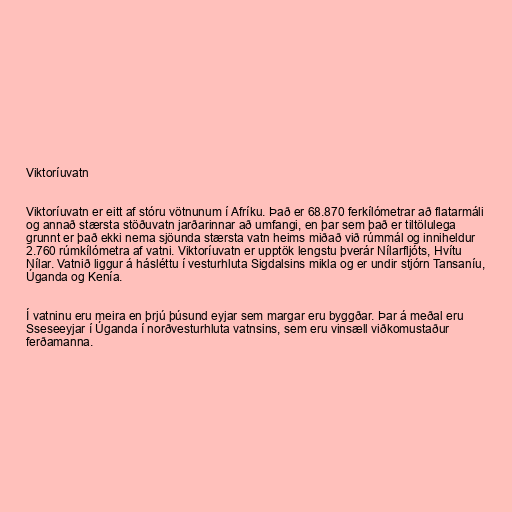
Viktoríuvatn

Viktoríuvatn er eitt af stóru vötnunum í Afríku. Það er 68.870 ferkílómetrar að flatarmáli
og annað stærsta stöðuvatn jarðarinnar að umfangi, en þar sem það er tiltölulega
grunnt er það ekki nema sjöunda stærsta vatn heims miðað við rúmmál og inniheldur
2.760 rúmkílómetra af vatni. Viktoríuvatn er upptök lengstu þverár Nílarfljóts, Hvítu
Nílar. Vatnið liggur á hásléttu í vesturhluta Sigdalsins mikla og er undir stjórn Tansaníu,
Úganda og Kenía.

Í vatninu eru meira en þrjú þúsund eyjar sem margar eru byggðar. Þar á meðal eru
Sseseeyjar í Úganda í norðvesturhluta vatnsins, sem eru vinsæll viðkomustaður
ferðamanna.